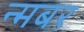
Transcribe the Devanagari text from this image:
न्मबर